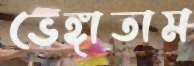
ভেঙ্গাতাম